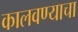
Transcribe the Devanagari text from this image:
कालवण्याचा